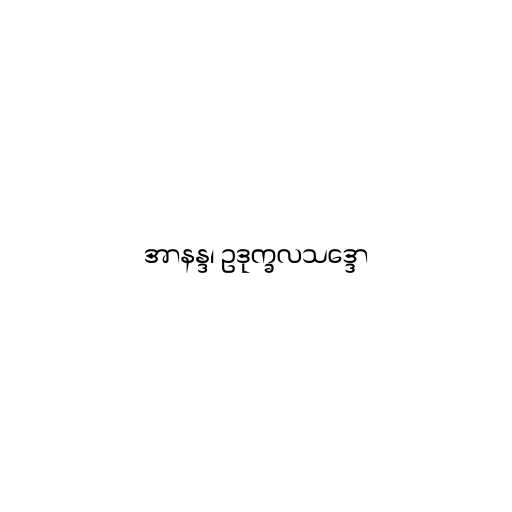
အာနန္ဒ၊ ဥဒုက္ခလသဒ္ဒော